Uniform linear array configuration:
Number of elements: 64
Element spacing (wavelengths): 1
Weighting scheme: kaiser
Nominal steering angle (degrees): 30
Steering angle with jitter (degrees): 31.03
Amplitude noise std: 0.05
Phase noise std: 0.05

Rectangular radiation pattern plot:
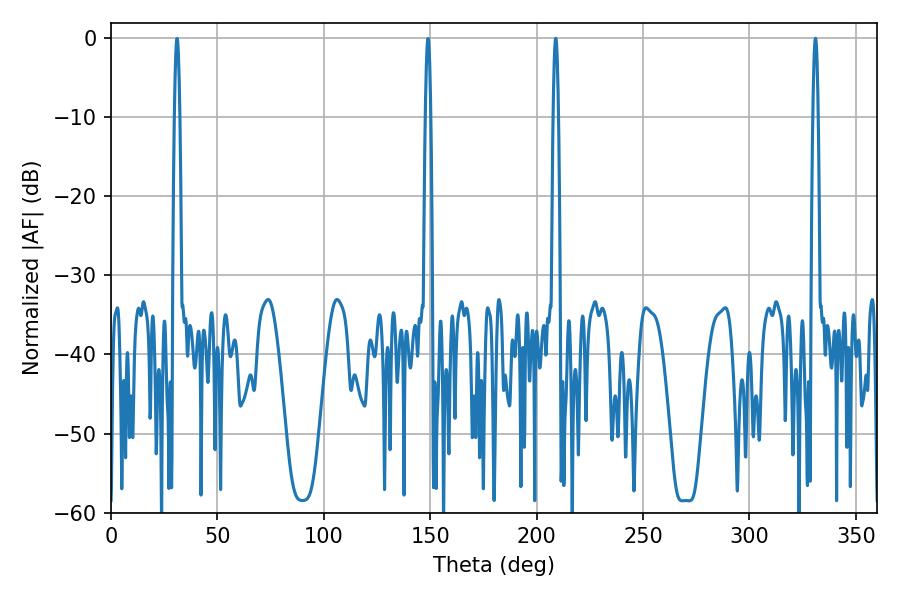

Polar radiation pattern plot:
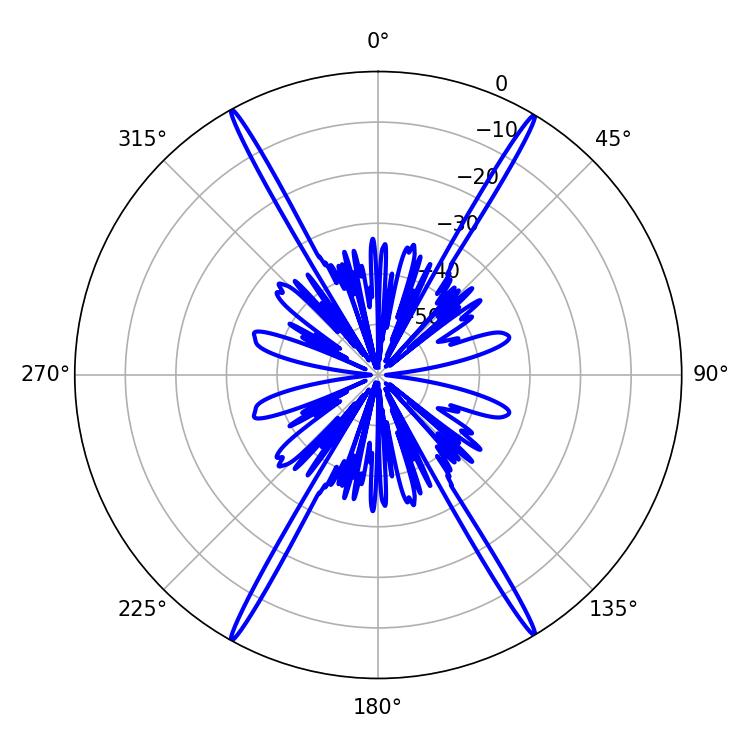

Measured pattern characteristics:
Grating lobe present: TRUE
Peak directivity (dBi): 29.49
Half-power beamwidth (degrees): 1.44
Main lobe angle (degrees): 208.98